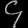
Digit: ၄